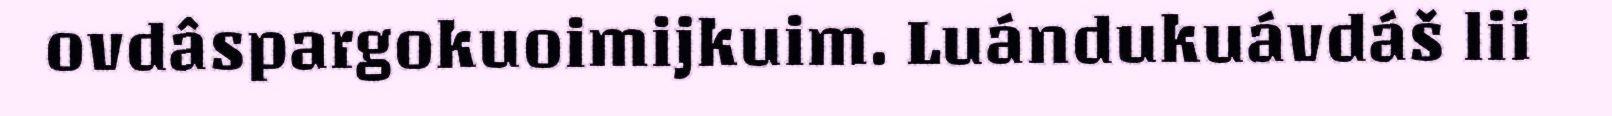
ovdâspargokuoimijkuim. Luándukuávdáš lii